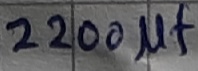
Text: 2200µF